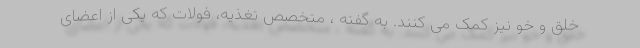
خلق و خو نیز کمک می کنند. به گفته ، متخصص تغذیه، فولات که یکی از اعضای